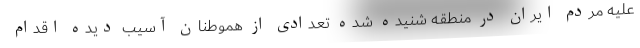
علیه مردم ایران در منطقه شنیده شده تعدادی از هموطنان آسیب دیده اقدام